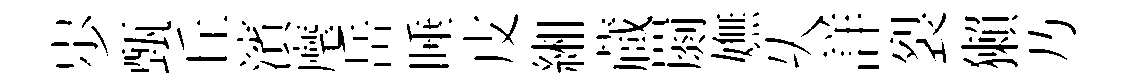
𡵯甄丘濱麾岳睡皮緗蔵罽嫵乆詳裂獺乃